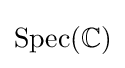
\operatorname {Spec} (\mathbb {C} )